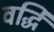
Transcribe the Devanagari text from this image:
वर्द्धि